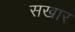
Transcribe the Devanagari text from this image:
सखार